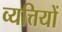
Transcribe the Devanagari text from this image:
व्यत्तियों